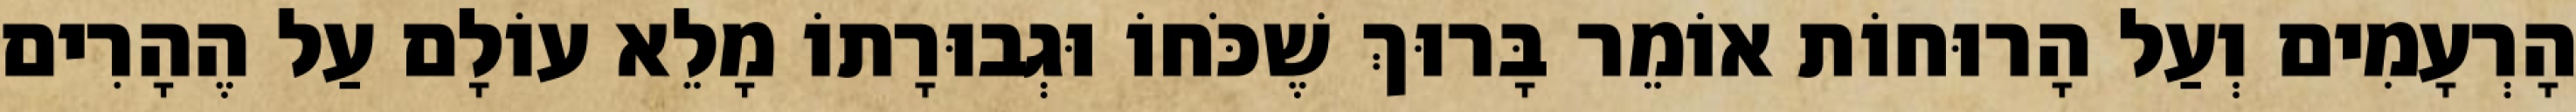
הָרְעָמִים וְעַל הָרוּחוֹת אוֹמֵר בָּרוּךְ שֶׁכֹּחוֹ וּגְבוּרָתוֹ מָלֵא עוֹלָם עַל הֶהָרִים